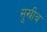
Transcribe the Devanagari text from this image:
सुख्रीब